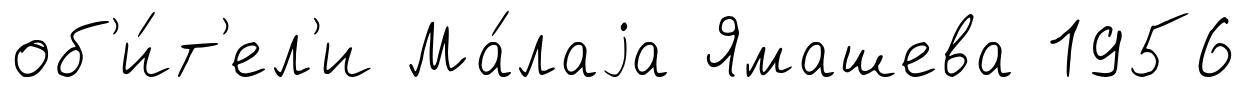
об'и́т'ел'и Ма́лаjа Ямашева 1956